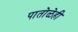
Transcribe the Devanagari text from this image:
पातोळेही